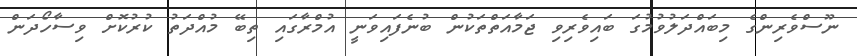
ނޫސްވެރިންގެ މިބައްދަލުވުމުގަ ބައިވެރިވި ޖަމާއަތްތަކުން ބުނެފައިވަނީ އުމްރާގައި ތިބޭ މުއްދަތު ކުރުކޮށް ވިސާހޯދަން